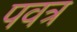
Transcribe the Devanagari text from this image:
पवत्र